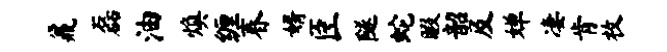
鼐磊油焕缠春婿臣隧蛇暇韶及婵凄肯枚